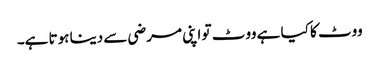
ووٹ کا کیا ہے ووٹ تو اپنی مرضی سے دینا ہوتا ہے۔